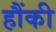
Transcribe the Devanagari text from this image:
हौंकी